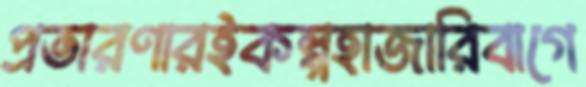
প্রতারণারইকল্পহাজারিবাগে